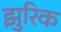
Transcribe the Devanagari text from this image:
झुरिक